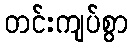
တင်းကျပ်စွာ